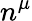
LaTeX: n^{\mu}